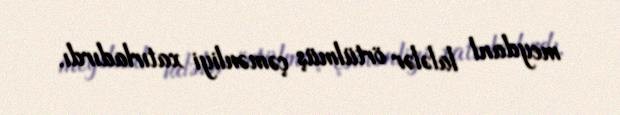
meydanl lalələr örtülmüş çəmənliyi xatırladırdı.